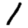
Digit: 1